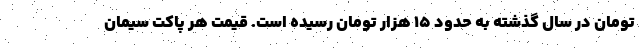
تومان در سال گذشته به حدود ۱۵ هزار تومان رسیده است. قیمت هر پاکت سیمان